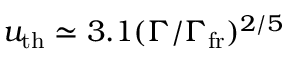
u _ { \mathrm { t h } } \simeq 3 . 1 ( \Gamma / \Gamma _ { \mathrm { f r } } ) ^ { 2 / 5 }